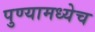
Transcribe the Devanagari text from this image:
पुण्यामध्येच